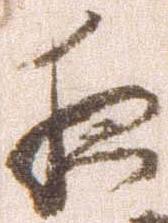
夜